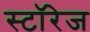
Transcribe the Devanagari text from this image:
स्टॉरेज